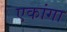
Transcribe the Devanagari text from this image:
एकांगा